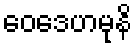
ဝေဒေဟမုနိ